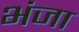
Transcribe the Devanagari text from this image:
भंजा